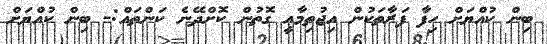
ބިން ކުއްޔަށް ހިފާ ފަރާތަކުން އިޖުތިމާޢީ ގޮތުން ކޮށްދޭނެ ކަންތައް:- ބިން ކުއްޔަށް